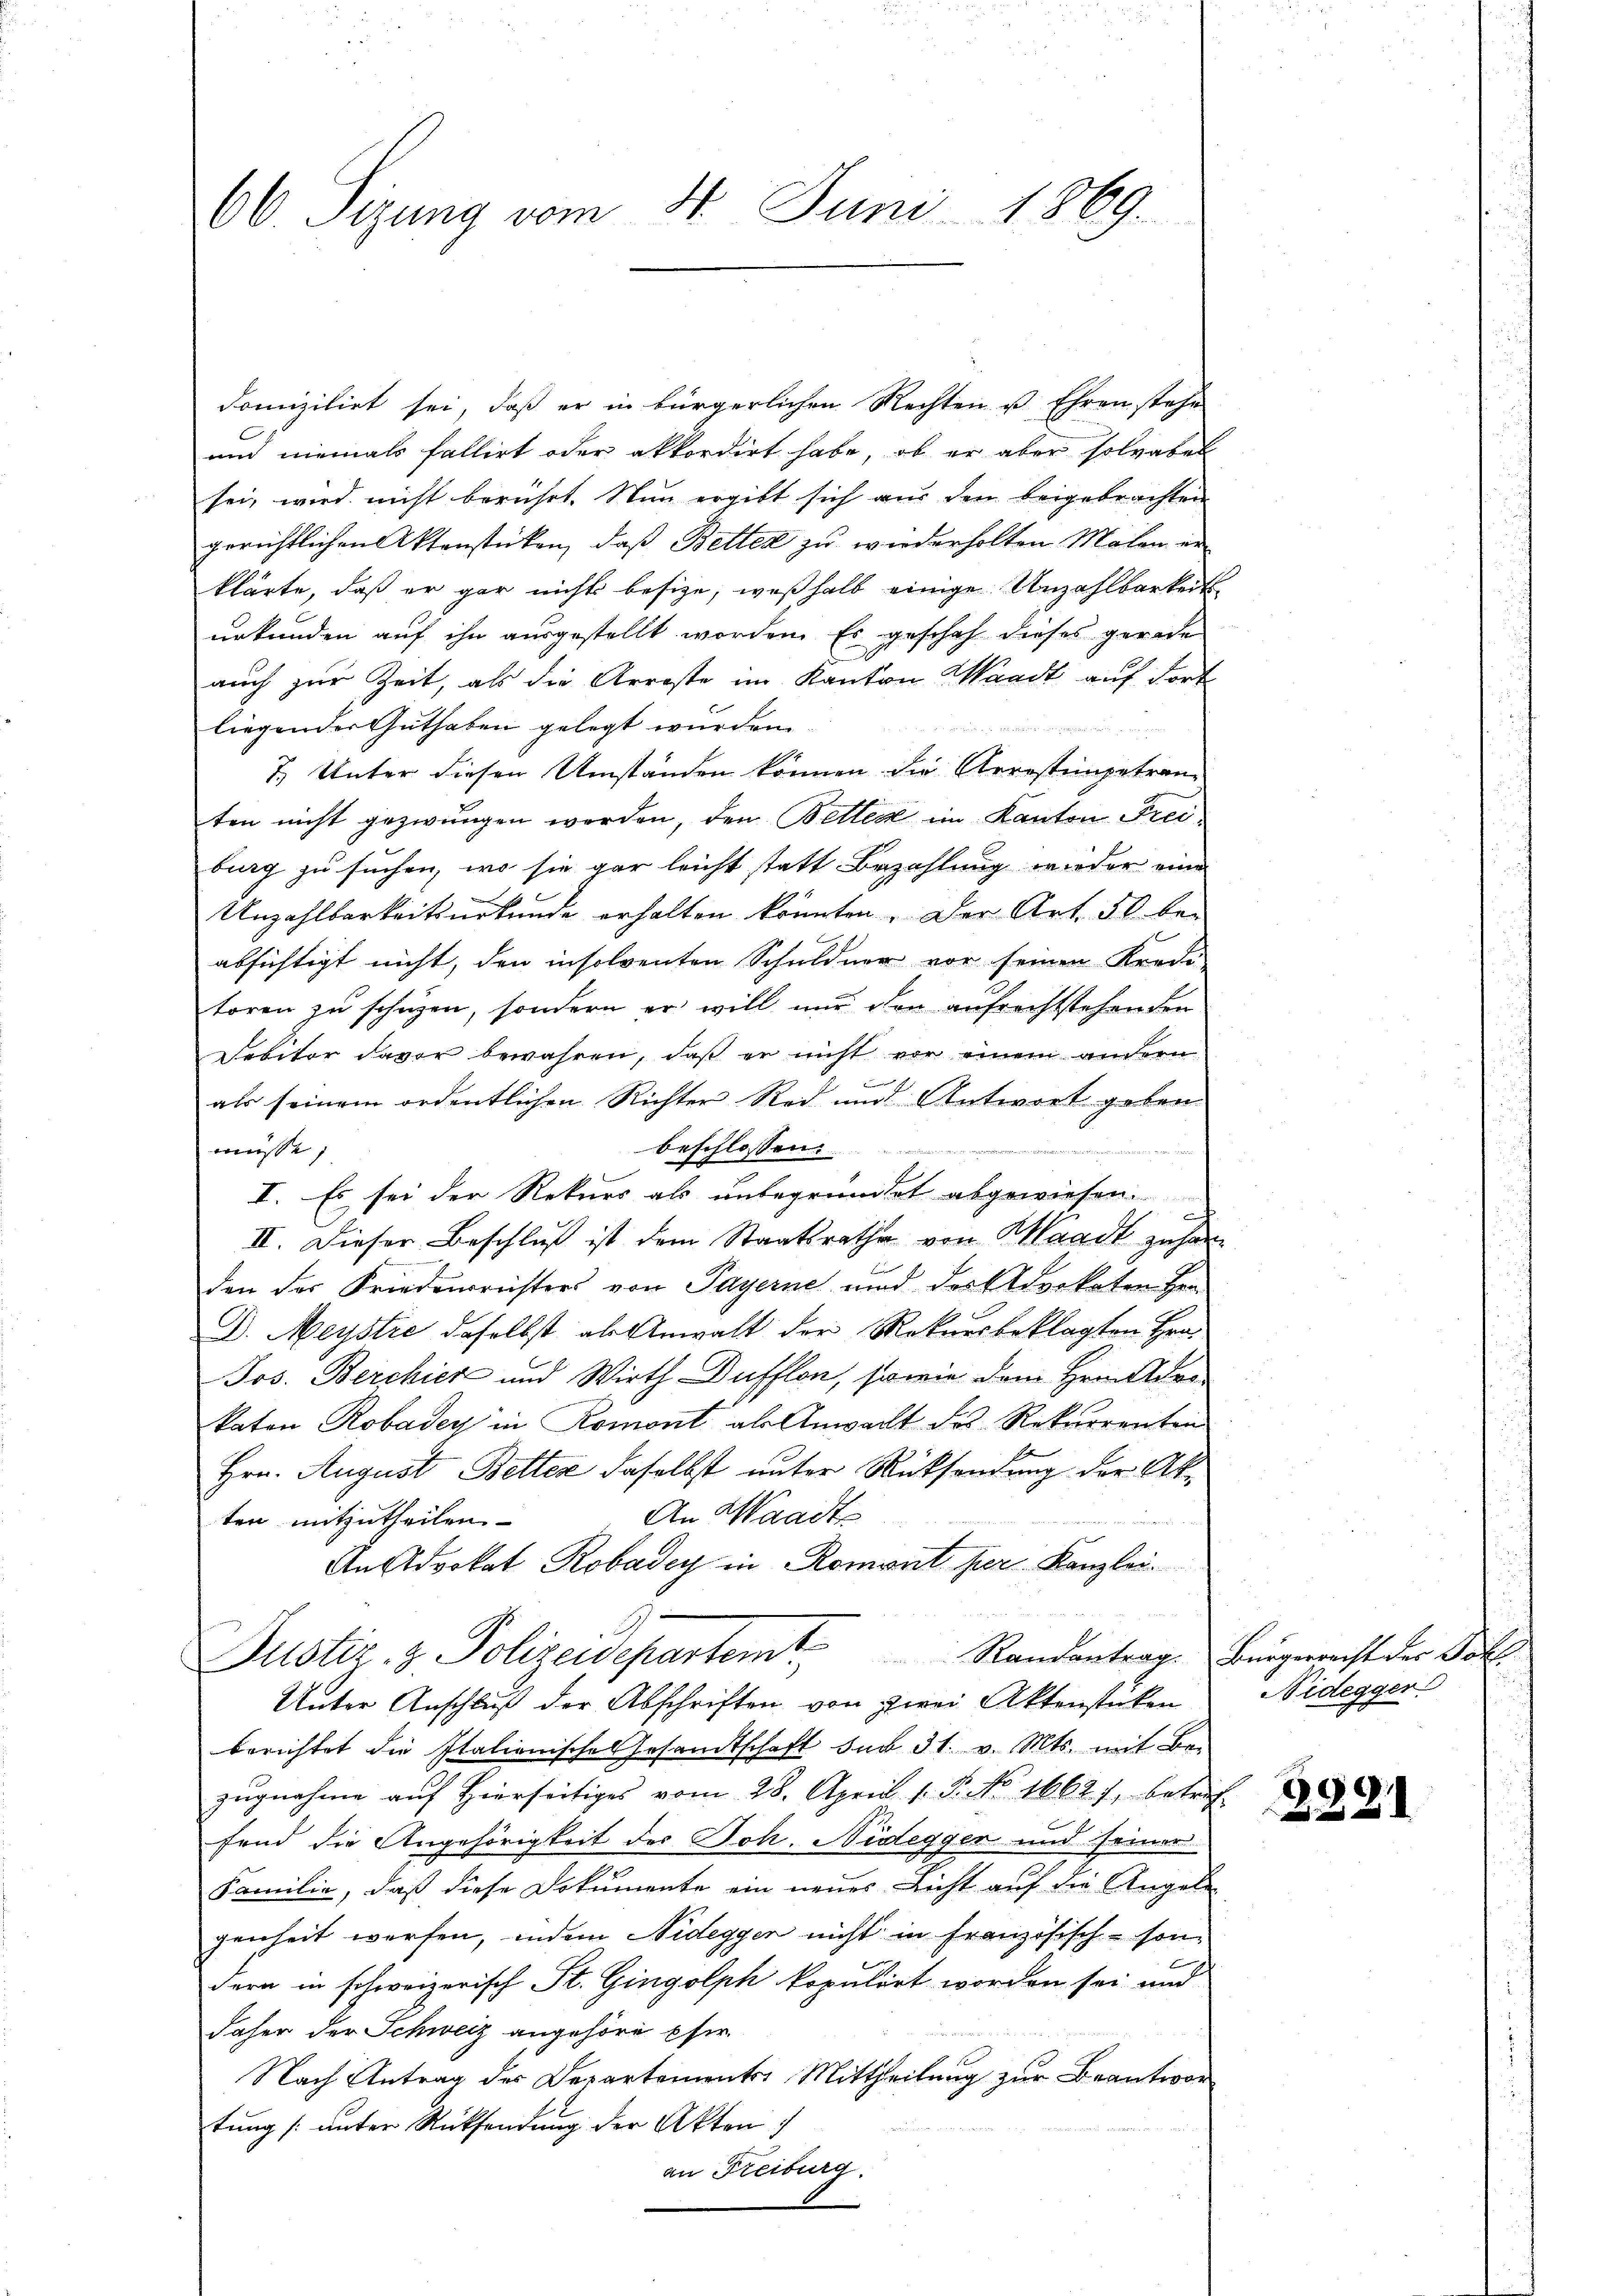
66. Sizung vom 4. Juni 1869.

domizilirt sei, daß er in bürgerlichen Rechten ist Ehren stehe
und niemals fallirt oder akkordirt habe, ob er aber solvabel
sei, wird nicht berührt. Nun ergibt sich aus den beigebrachten
gerichtlichen Aktenstücken, daß Betten zu wiederholten Malen er
klärte, daß er gar nichts besize, weßhalb einige Unzahlbarkeits
urkunden auf ihn ausgestellt worden. Es geschah dieses gerade
auch zur Zeit, als die Arreste im Kanton Waadt auf dort
liegender Guthaben gelegt wurden.
7.) Unter diesen Umständen können die Arrestimpetranten nicht gezwungen werden, den Betten im Kanton Freiburg zu suchen, wo sie gar leicht statt Bezahlung wieder eine
Unzahlbarkeitsurkunde erhalten könnten. Der Art. 50 be-
absichtigt nicht, den insolventen Schuldner vor seinen Kredi-
toren zu schützen, sondern er will nur den aufrechtstehenden
Debitor davor bewahren, daß er nicht vor einem andern
f
als seinem ordentlichen Richter Red und Antwort geben.

müsse,
beschlossen........
I. Es sei der Rekurs als unbegründet abgewiesen.
c
II. Dieser Beschluß ist dem Staatsrathe von Waadt zu han
den der Friedenreisters von Payerne und des Advokaten Her
D. Meystre daselbst als Anwalt der Rekursbeklagten Hrn.
Jos. Berchier und Wirth Düfflon, sowie dem Hrnn der
katen Robadey in Romont als Anwacht des Rekurrenten
Hrn. August Better daselbst unter Rücksendung der Ak¬
An Waadt
ten mitzutheilen.
An Advokat Robadey in Romont per Kanzlei.
Justiz- & Polizeidepartemt Randantrag. Bürgerrecht der Doll
Unter Anschluß der Abschriften von zwei Aktenstücken
berichtet die Italionische Gesandtschaft sub 31. v. Mts. mit Be-
zugnahme auf Hierseitiges vom 28. April 1. P. No. 1662), betrif
fend die Angehörigkeit des Joh. Nidegger und seiner
Familie, daß diese Dokumente ein neues Licht auf die Angele
genheit werfen, indem Nidegger nicht in französisch-son-
dern in schweizerisch St. Gingolph kopulirt worden sei und
daher der Schweiz angehöre pfer
Nach Antrag des Departements Mittheilung zur Beantwor
tung [unter Rücksendung der Akten
an Freiburg.

Nidegger.

3921